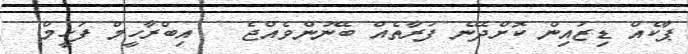
ޕާކެއް ޑިޒައިން ކޮށްދޭނެ ފަރާތެއް ބޭނުންވެއްޖެ   އިބްރާހީމް ފަހީމް